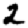
Digit: 2